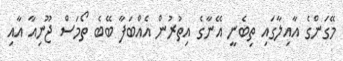
މޭގަންގެ އާއިލާގައި ތިބެނީ އޭނާގެ އިތުރުން އެއްބަފާ ބޭބެ ތޯމަސް ޖޫނިއާ އާއި